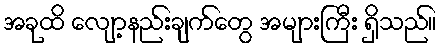
အခုထိ လျော့နည်းချက်တွေ အများကြီး ရှိသည်။